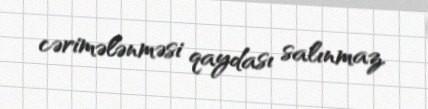
cərimələnməsi qaydası salınmaz.